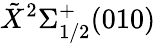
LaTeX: \tilde{X}^{2}\Sigma_{1/2}^{+}(010)